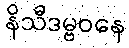
နိသီဒမ္ဗဝနေ